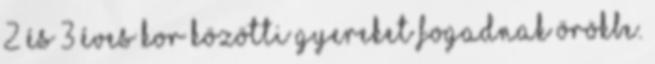
2 és 3 éves kor közötti gyereket fogadnak örökbe.